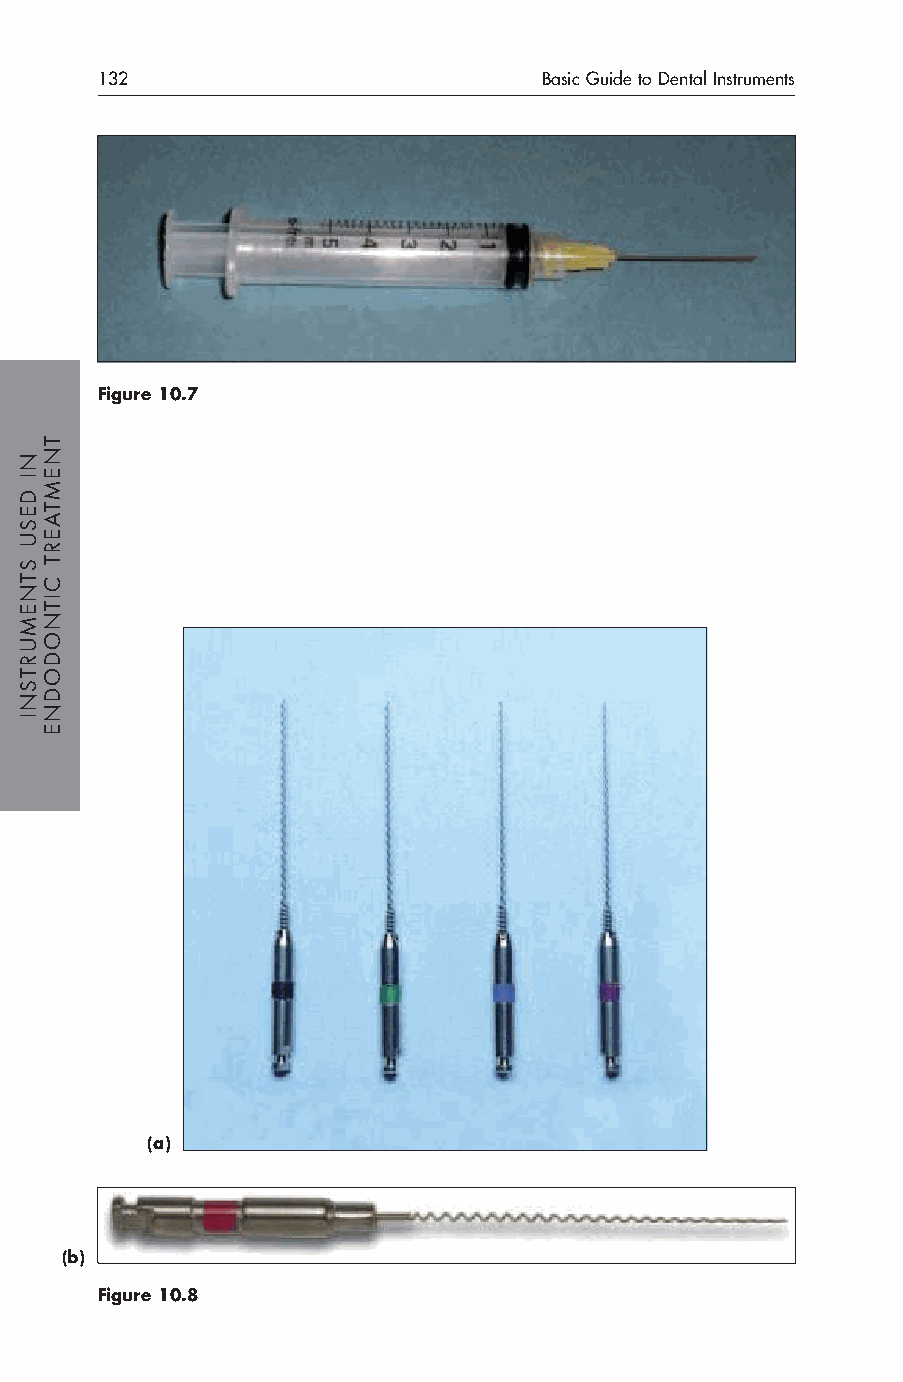
132                           Basic Guide to Dental Instruments
 Figure 10.7
 (a)
 (b)
 Figure 10.8
 NI
 DESU
 STNEMURTSNI
 TNEMTAERT
 CITNODODNE